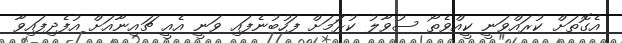
އެގޮތަށް ކުރައްވަނީ ކީއްވެތޯ ސުވާލު ކުރުަމަށް ފަހުބުނެފައި ވަނީ އެއީ ޗައިނާއަށް އުފެދިފައިވާ